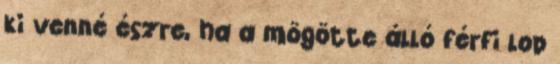
ki venné észre, ha a mögötte álló férfi lop